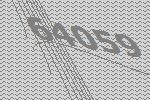
64059